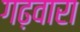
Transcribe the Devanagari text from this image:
गढ़वारा